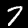
Digit: 7